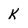
Character: K